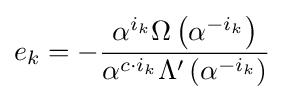
e_{k}=-{\alpha ^{i_{k}}\Omega \left(\alpha ^{-i_{k}}\right) \over \alpha ^{c\cdot i_{k}}\Lambda '\left(\alpha ^{-i_{k}}\right)}